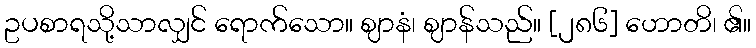
ဥပစာရသို့သာလျှင် ရောက်သော။ ဈာနံ၊ ဈာန်သည်။ [၂၈၆] ဟောတိ၊ ၏။